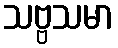
သဗ္ဗသမာ